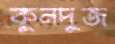
কুনদুজ